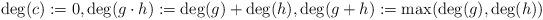
LaTeX: \begin{align*}\deg(c):=0,\deg(g\cdot h):=\deg(g)+\deg(h), \deg(g+h):= \max({\deg(g),\deg(h)})\end{align*}